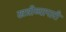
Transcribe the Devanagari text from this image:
खत्रीव्यापारी